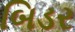
બિડર